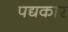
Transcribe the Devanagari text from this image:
पद्यकार